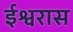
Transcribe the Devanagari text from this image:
ईश्वरास